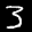
Label: 3